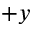
+ y